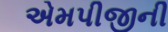
એમપીજીની